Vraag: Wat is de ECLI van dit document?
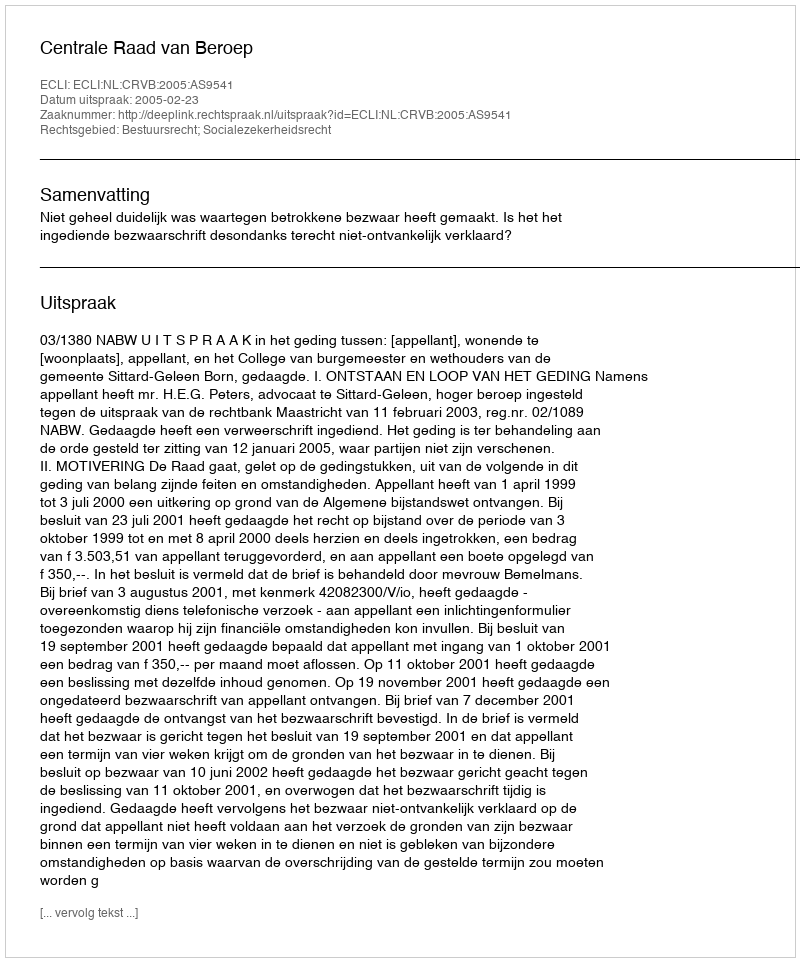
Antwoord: ECLI:NL:CRVB:2005:AS9541